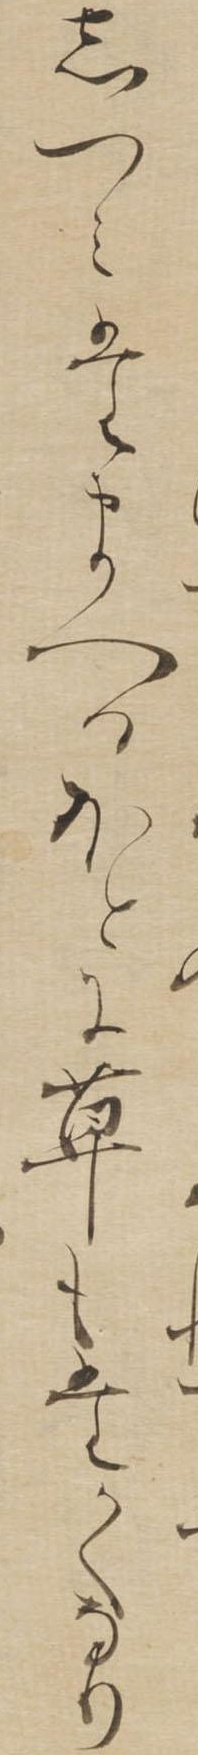
しつみたまへるほとに草もたかくなり